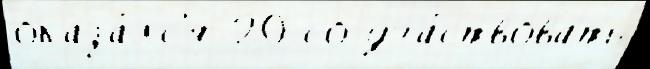
оказа́лс'я 20 со уча́ствовать